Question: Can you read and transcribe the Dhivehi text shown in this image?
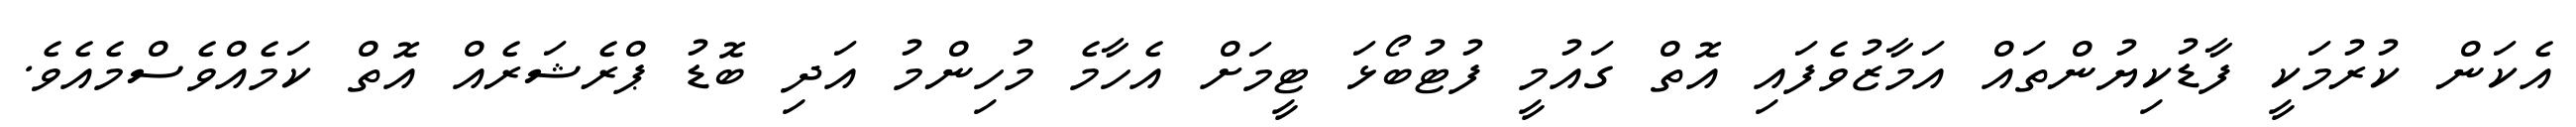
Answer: އެކަން ކުރުމަކީ ފާޑުކިޔުންތައް އަމާޒުވެފައި އޮތް ގައުމީ ފުޓުބޯޅަ ޓީމަށް އެހާމެ މުހިންމު އަދި ބޮޑު ޕްރެޝަރެއް އޮތް ކަމެއްވެސްމެއެވެ.